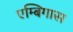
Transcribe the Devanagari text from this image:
एम्बिगास